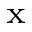
_ \mathrm { x }